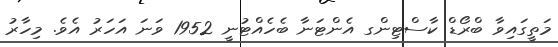
މަތީގައިވާ ބްރޯޑް ކާސްޓިންގ އެންޓަނާ ބެހެއްޓުނީ 1952 ވަނަ އަހަރު އެވެ. މިހާރު